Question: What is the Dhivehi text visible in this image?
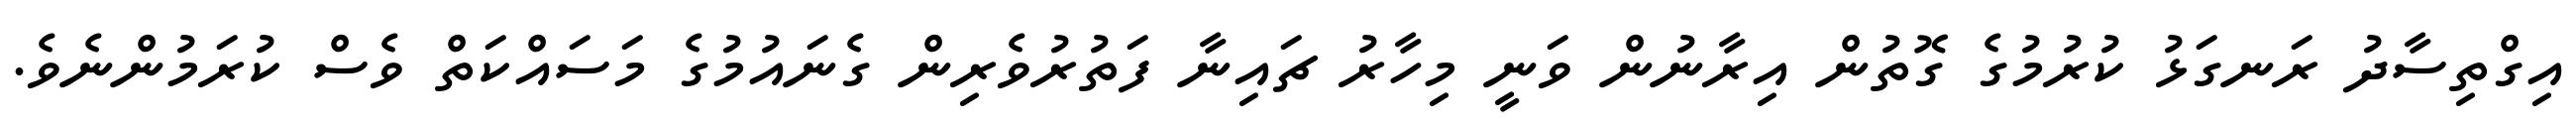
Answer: އިގްތިސާދު ރަނގަޅު ކުރުމުގެ ގޮތުން އިރާނުން ވަނީ މިހާރު ޗައިނާ ފަތުރުވެރިން ގެނައުމުގެ މަސައްކަތް ވެސް ކުރަމުންނެވެ.